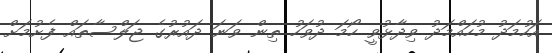
އަހުމަދު މުހައްމަދު ވިދާޅުވީ ހޯމަ ދުވަހު ތިން ވަނަ ދައުރުގެ ޖަލްސާތައް ފެށުމަށް